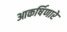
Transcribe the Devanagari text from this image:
आकर्षिणारे